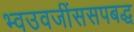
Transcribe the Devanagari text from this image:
भ्वउवजींससपबद्ध